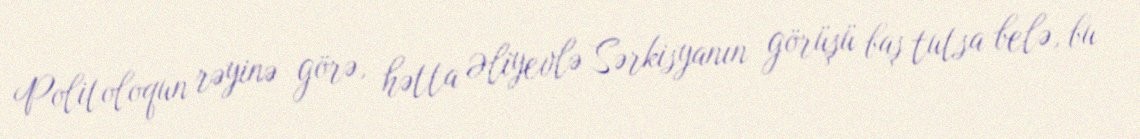
Politoloqun rəyinə görə, hətta Əliyevlə Sərkisyanın görüşü baş tutsa belə, bu